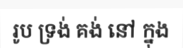
រូប ទ្រង់ គង់ នៅ ក្នុង